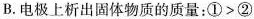
B.电极上析出固体物质的质量：$$①>②$$